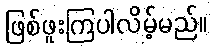
ဖြစ်ဖူးကြပါလိမ့်မည်။